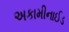
અકામીનાઈડ